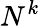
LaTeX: N^{k}